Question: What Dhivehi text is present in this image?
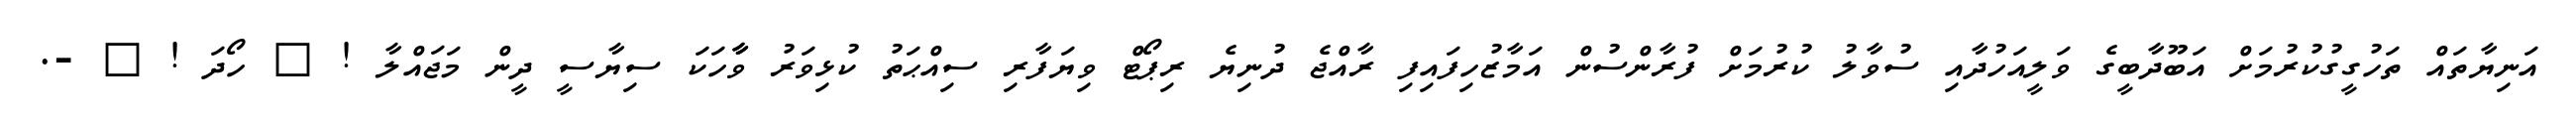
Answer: އަނިޔާތައް ތަހުގީގުކުރުމަށް އަބޫދާބީގެ ވަލީއަހުދާއި ސުވާލު ކުރުމަށް ފުރާންސުން އަމާޒުހިފައިފި ރާއްޖެ ދުނިޔެ ރިޕޯޓް ވިޔަފާރި ސިއްޙަތު ކުޅިވަރު ވާާހަކަ ސިޔާސީ ދީން މަޖައްލާ ! ? ހޯދަ ! ? -.